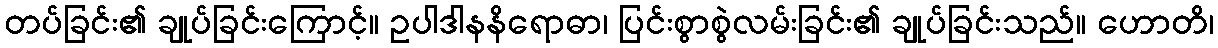
တပ်ခြင်း၏ ချုပ်ခြင်းကြောင့်။ ဥပါဒါနနိရောဓာ၊ ပြင်းစွာစွဲလမ်းခြင်း၏ ချုပ်ခြင်းသည်။ ဟောတိ၊